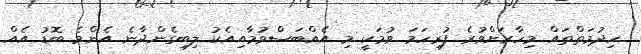
ހިދުމަތްތައް މިހާރަށްވުރެ ފުރިހަމަ ވުމަކީ މި އެއްބަސްވުމާއިއެކު ލިބިގެންދާނެ އެންމެ ބޮޑު އެއް